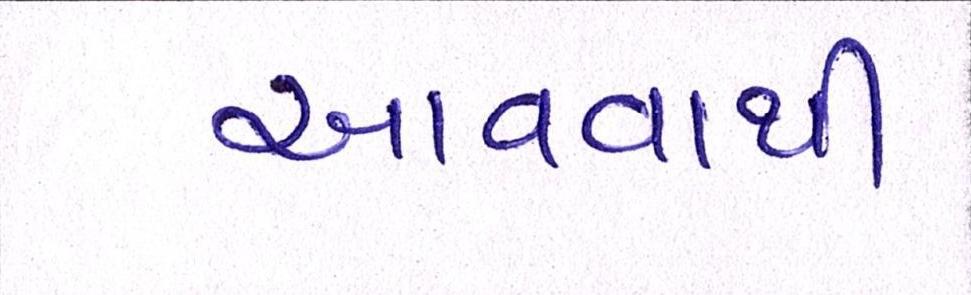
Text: આવવાથી